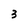
Character: 3